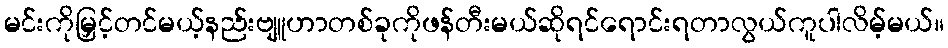
မင်းကိုမြှင့်တင်မယ့်နည်းဗျူဟာတစ်ခုကိုဖန်တီးမယ်ဆိုရင်ရောင်းရတာလွယ်ကူပါလိမ့်မယ်။